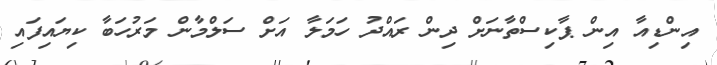
އިންޑިއާ އިން ޕާކިސްތާނަށް ދިން ރައްދު ހަމަލާ އަށް ސަލްމާން މަރުހަބާ ކިޔައިފައި